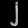
Digit: ၂